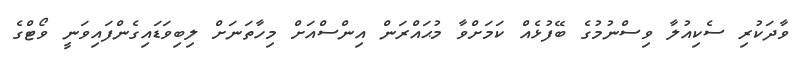
ވާދަކުރި ސެކިއުލާ ވިސްނުމުގެ ބޭފުޅެއް ކަމަށްވާ މުޙައްރަން އިންސްއަށް މިހާތަނަށް ލިބިވަޑައިގެންފައިވަނީ ވޯޓްގެ